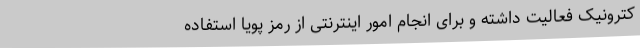
کترونیک فعالیت داشته و برای انجام امور اینترنتی از رمز پویا استفاده